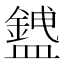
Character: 𥃅